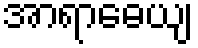
အာရာဓေယျ